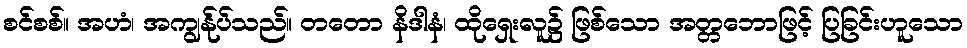
စင်စစ်။ အဟံ၊ အကျွန်ုပ်သည်။ တတော နိဒါနံ၊ ထိုရှေးလူ၌ ဖြစ်သော အတ္တဘောဖြင့် ပြခြင်းဟူသော